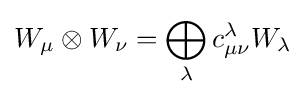
W_{\mu }\otimes W_{\nu }=\bigoplus _{\lambda }c_{\mu \nu }^{\lambda }W_{\lambda }